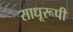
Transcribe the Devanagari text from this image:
साधूरूपी